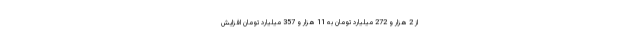
از 2 هزار و 272 میلیارد تومان به 11 هزار و 357 میلیارد تومان افزایش